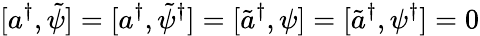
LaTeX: [a^{\dagger},\tilde{\psi}]=[a^{\dagger},\tilde{\psi}^{\dagger}]=[\tilde{a}^{\dagger},\psi]=[\tilde{a}^{\dagger},\psi^{\dagger}]=0